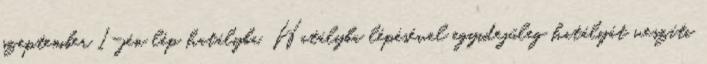
szeptember 1-jén lép hatályba. Hatályba lépésével egyidejűleg hatályát veszíti